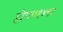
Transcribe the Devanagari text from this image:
होगा।१४९२